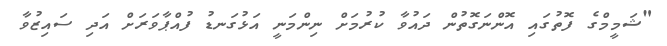
"ޝަމީމްގެ ފޮތުގައި އޮންނަގޮތުން ދައުވާ ކުރުމަށް ނިންމަނީ އަޅުގަނޑު ފުއްޕާވަރަށް އަދި ސައިޒުވާ